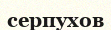
серпухов